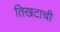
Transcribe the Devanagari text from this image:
तिखटाची